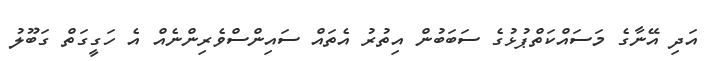
އަދި އޭނާގެ މަސައްކަތްޕުޅުގެ ސަބަބުން އިތުރު އެތައް ސައިންސްވެރިންނެއް އެ ހަގީގަތް ގަބޫލު